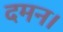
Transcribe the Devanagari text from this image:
दमन।